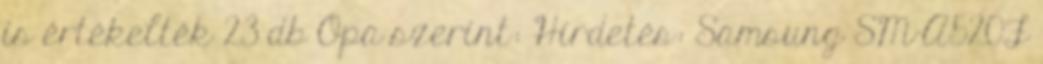
is értékelték 23 db Opa szerint: Hirdetés: Samsung SM-A520F